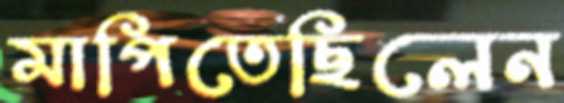
মাপিতেছিলেন